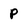
Character: p